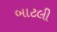
બાટલી